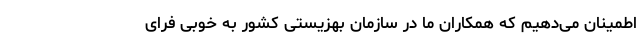
اطمینان می‌دهیم که همکاران ما در سازمان بهزیستی کشور به خوبی فرای